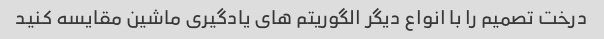
درخت تصمیم را با انواع دیگر الگوریتم های یادگیری ماشین مقایسه کنید